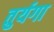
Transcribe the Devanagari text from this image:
तुर्यगा